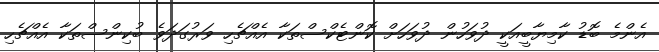
އެންމެ ބޮޑު ކާމިޔާބީއަކީ ދުވަހުން ދުވަހަށް ކޮންޓެކްސްތަކާ އެއްޗެހި ވަރުގަދަވެ ބުކިންސްތަކާ އެއްޗެހި